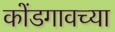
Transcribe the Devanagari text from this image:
कोंडगावच्या